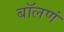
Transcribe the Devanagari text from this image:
बॉलणं